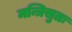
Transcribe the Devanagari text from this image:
मन्त्रिसुतः